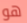
هو